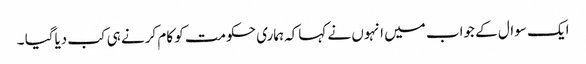
ایک سوال کے جواب میں انہوں نے کہاکہ ہماری حکومت کو کام کرنے ہی کب دیاگیا ۔